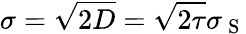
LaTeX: \sigma=\sqrt{2D}=\sqrt{2\tau}\sigma_{\mathrm{~S~}}